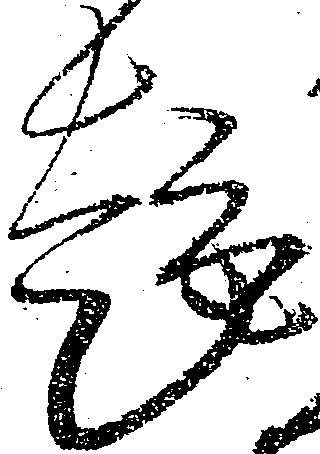
趣